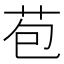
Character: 苞